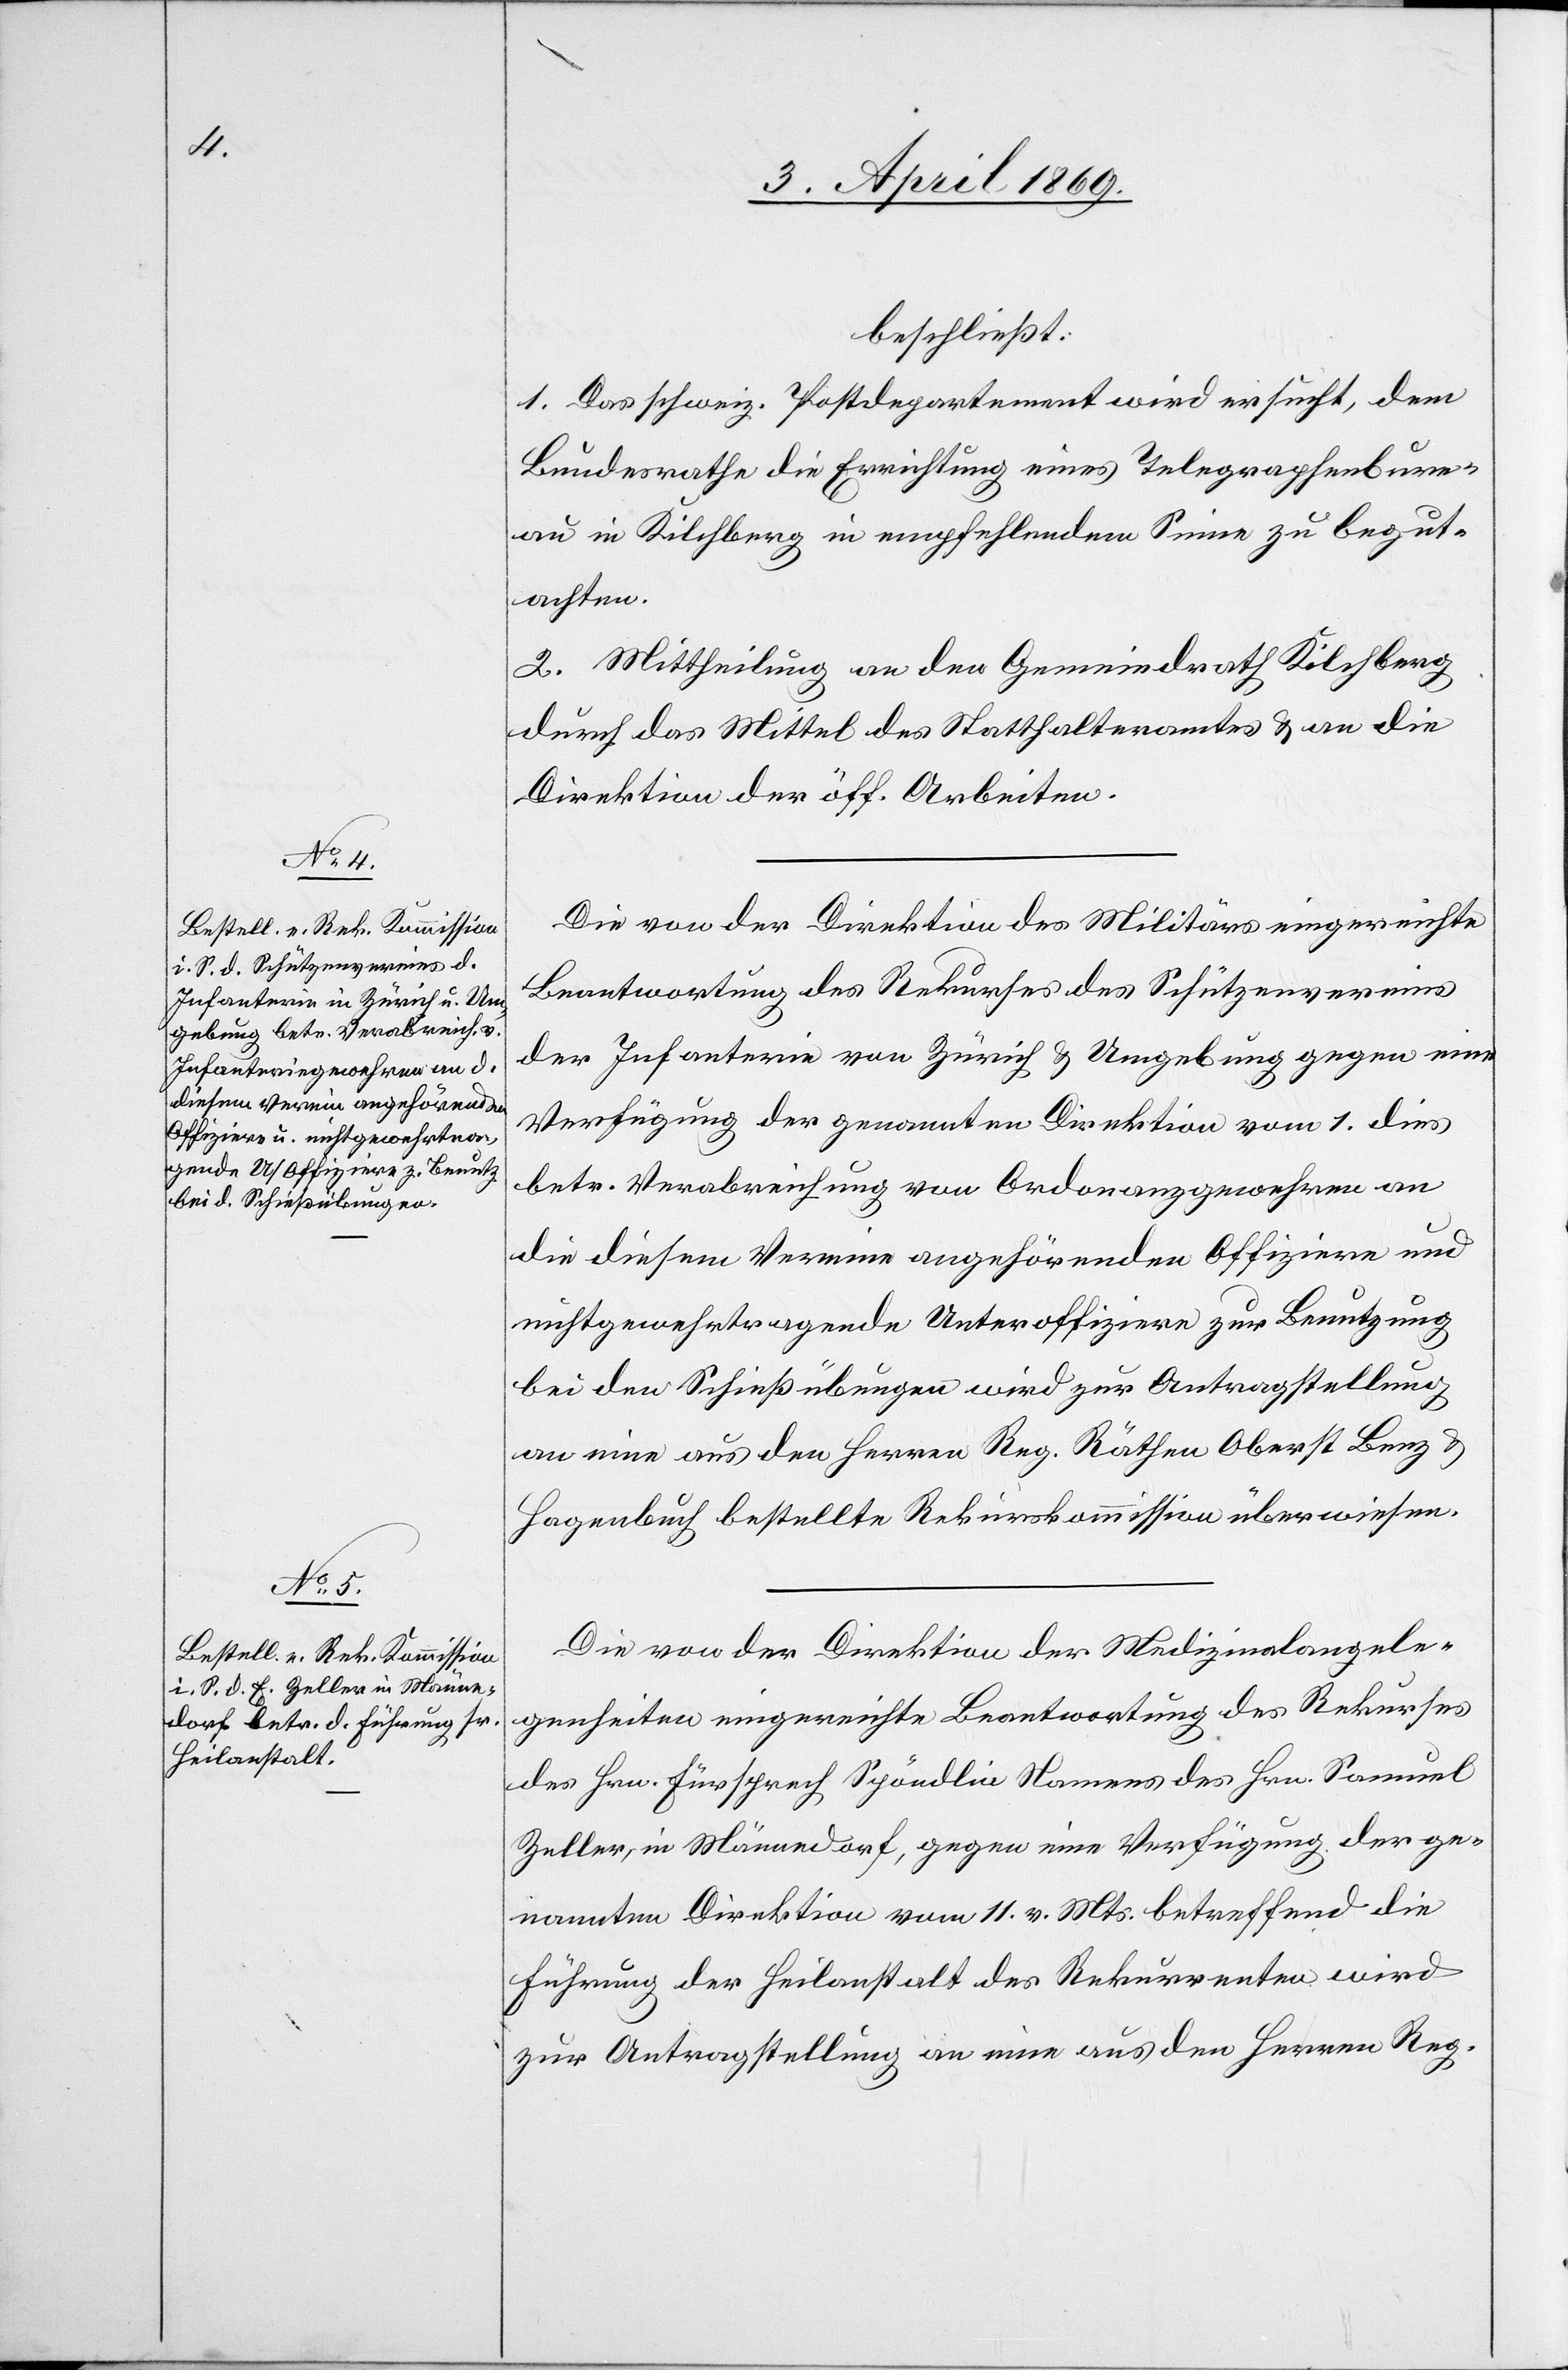
beschließt:
1. Das schweiz. Postdepartement wird ersucht, dem
Bundesrathe die Errichtung eines Telegraphenbure¬
au in Kilchberg in empfehlendem Sinne zu begut¬
achten.
2. Mittheilung an den Gemeindrath Kilchberg
durch das Mittel des Statthalteramtes u. an die
Direktion der öff. Arbeiten.
Die von der Direktion des Militärs eingereichte
Beantwortung des Rekurses des Schützenvereines
der Infanterie von Zürich u. Umgebung gegen eine
Verfügung der genannten Direktion vom 1. dies
betr. Verabreichung von Ordonanzgewehren an
die diesem Vereine angehörenden Offiziere und
nichtgewehrtragende Unteroffiziere zur Benutzung
bei den Schießübungen wird zur Antragstellung
an eine aus den Herrn Reg. Räthen Oberst Benz u.
Hagenbuch bestellte Rekurskommission überwiesen.
Die von der Direktion der Medizinalangele¬
genheiten eingereichte Beantwortung des Rekurses
des Hrn. Fürsprech Spöndlin Namens des Hrn. Samuel
Zeller, in Männedorf, gegen eine Verfügung der ge¬
nannten Direktion vom 11. v. Mts. betreffend die
Führung der Heilanstalt des Rekurrenten wird
zur Antragstellung an eine aus den Herren Reg.